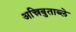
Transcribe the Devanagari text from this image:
अत्त्रिबुताब्ले